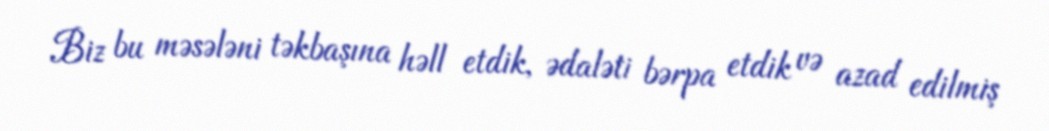
Biz bu məsələni təkbaşına həll etdik, ədaləti bərpa etdik və azad edilmiş